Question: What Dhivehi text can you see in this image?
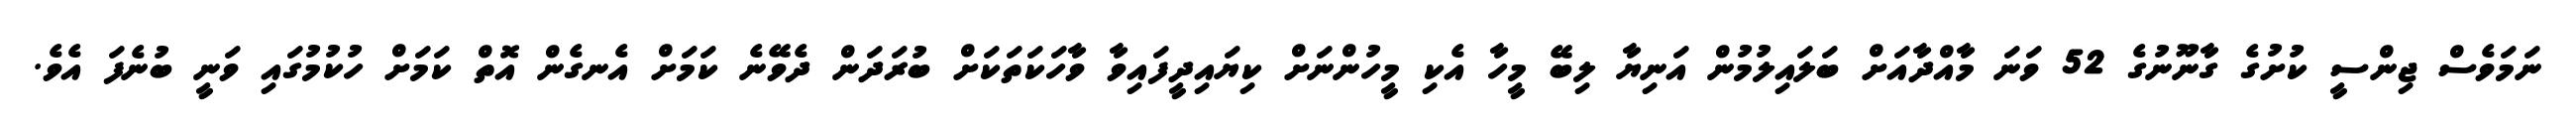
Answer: ނަމަވެސް ޖިންސީ ކުށުގެ ގާނޫނުގެ 52 ވަނަ މާއްދާއަށް ބަލައިލުމުން އަނިޔާ ލިބޭ މީހާ އެކި މީހުންނަށް ކިޔައިދީފައިވާ ވާހަކަތަކަށް ބުރަދަން ދެވޭނެ ކަމަށް އެނގެން އޮތް ކަމަށް ހުކުމުގައި ވަނީ ބުނެފަ އެވެ.